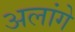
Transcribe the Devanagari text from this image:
अलांगे